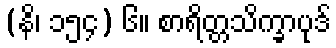
(နိ၊ ၁၅၄) ၆။ စာရိတ္တသိက္ခာပုဒ်